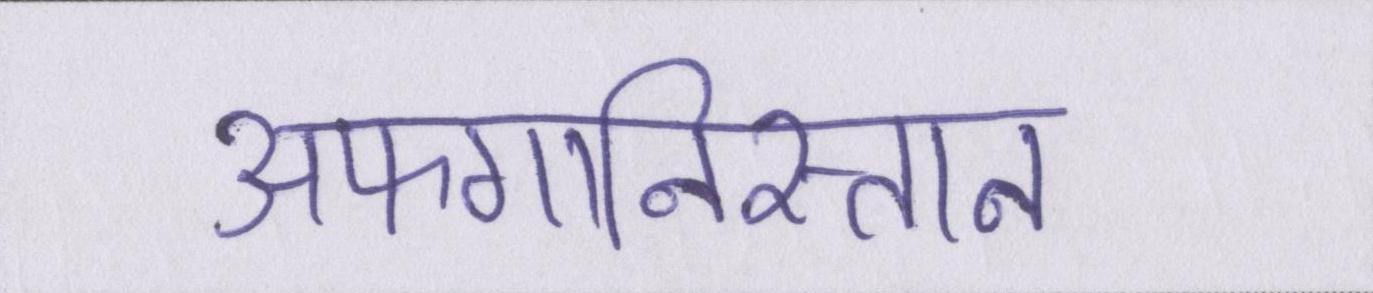
अफगानिस्तान